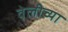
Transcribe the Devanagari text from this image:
वेलीच्या